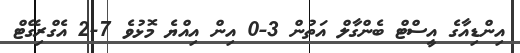
އިންޑިއާގެ އީސްޓް ބެންގާލް އަތުން 3-0 އިން އިއްޔެ މޮޅުވެ 7-2 އެގްރިގޭޓް